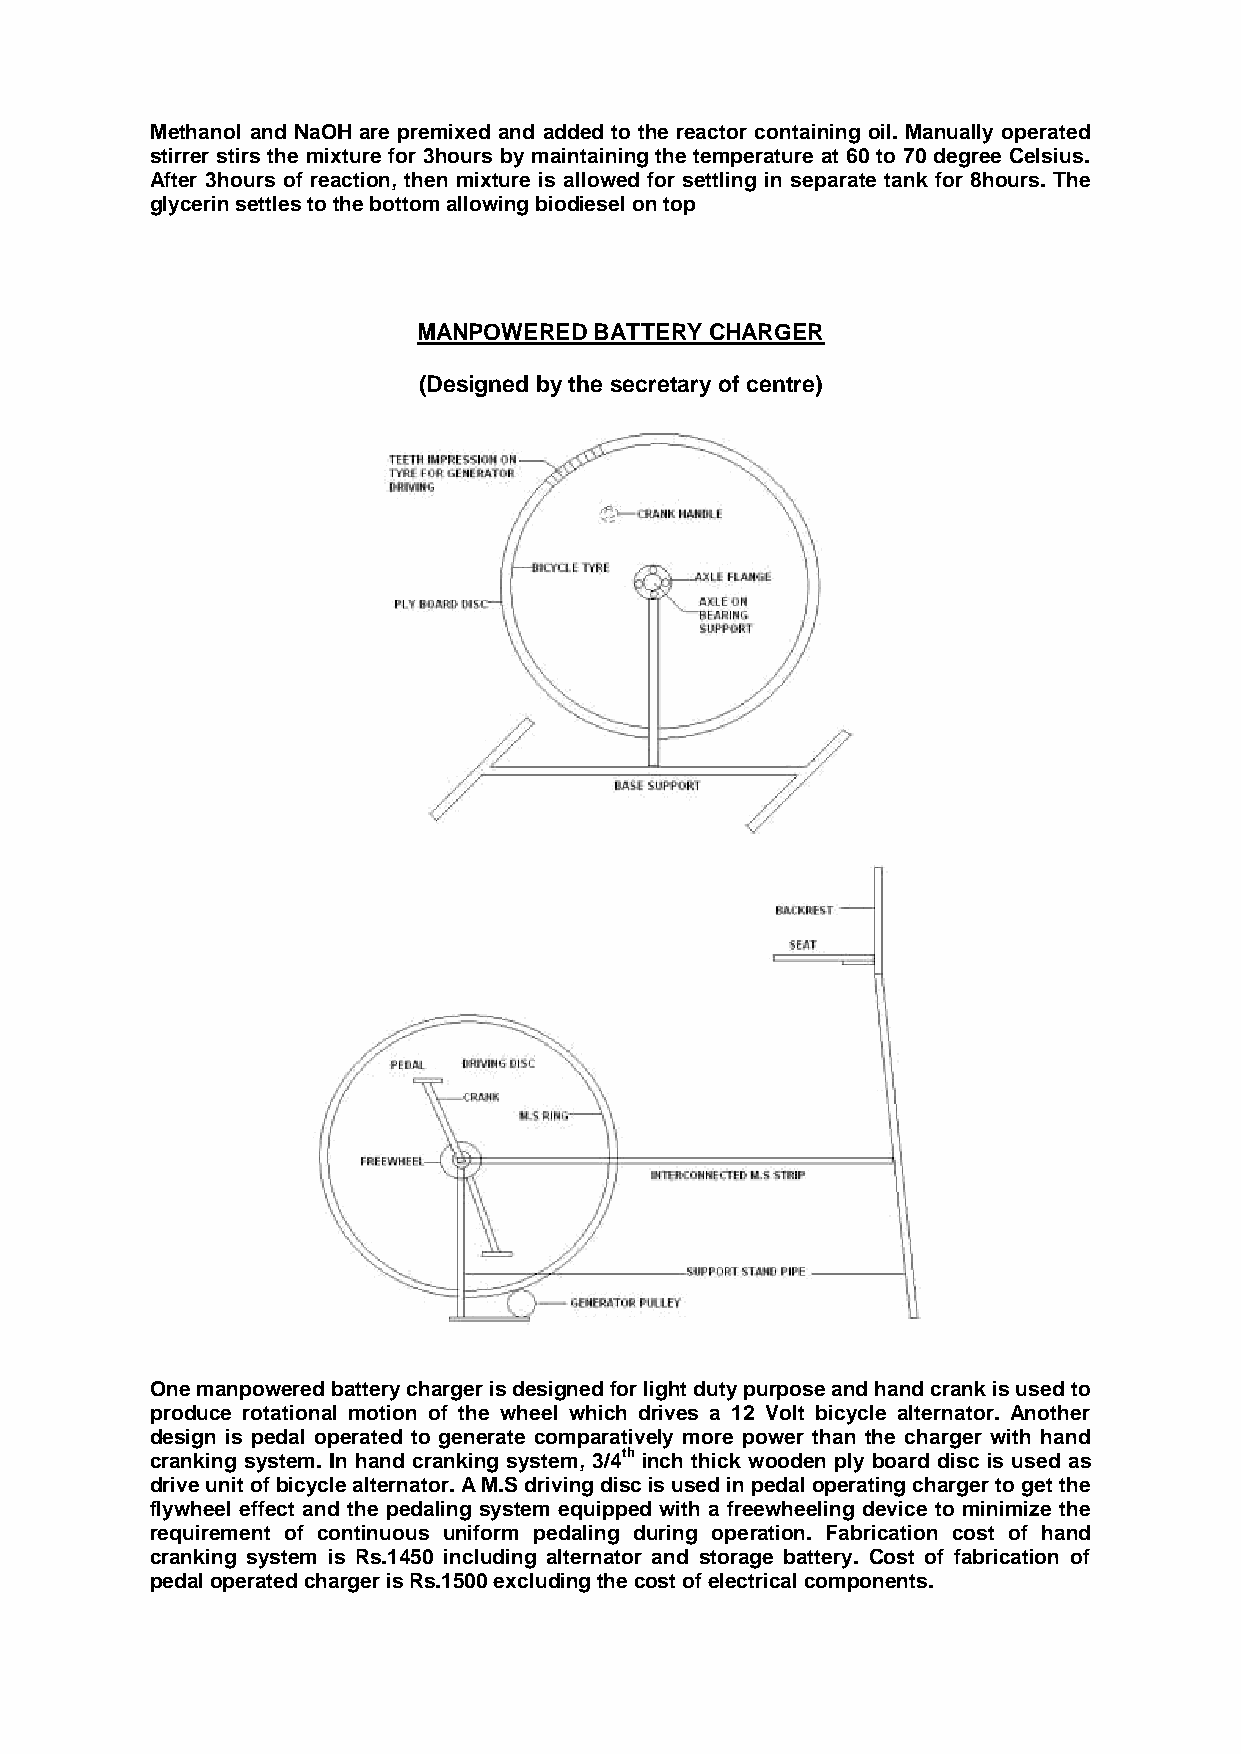
Methanol and NaOH are premixed and added to the reactor containing oil. Manually operated
 stirrer stirs the mixture for 3hours by maintaining the temperature at 60 to 70 degree Celsius.
 After 3hours of reaction, then mixture is allowed for settling in separate tank for 8hours. The
 glycerin settles to the bottom allowing biodiesel on top
 MANPOWERED BATTERY CHARGER
 (Designed by the secretary of centre)
 One manpowered battery charger is designed for light duty purpose and hand crank is used to
 produce rotational motion of the wheel which drives a 12 Volt bicycle alternator. Another
 design is pedal operated to generate comparatively more power than the charger with hand
 cranking system. In hand cranking system, 3/4th inch thick wooden ply board disc is used as
 drive unit of bicycle alternator. A M.S driving disc is used in pedal operating charger to get the
 flywheel effect and the pedaling system equipped with a freewheeling device to minimize the
 requirement of continuous uniform pedaling during operation. Fabrication cost of hand
 cranking system is Rs.1450 including alternator and storage battery. Cost of fabrication of
 pedal operated charger is Rs.1500 excluding the cost of electrical components.